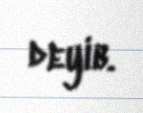
deyib.